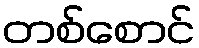
တစ်စောင်